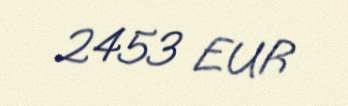
2453 EUR